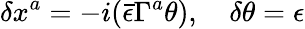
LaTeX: \delta x^{a}=-i(\bar{\epsilon}\Gamma^{a}\theta),\, \, \, \, \, \, \delta\theta=\epsilon